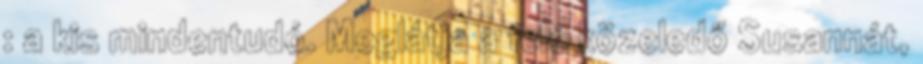
: a kis mindentudó. Meglátja a felé közeledő Susannát,